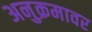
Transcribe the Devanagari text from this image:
अनुक्रमावर